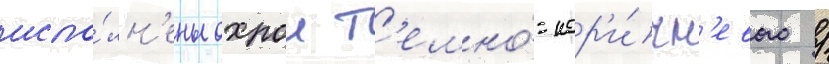
испо́лн'ены охрои т'емно́-кор'и́чн'евого /